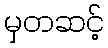
မှတဆင့်